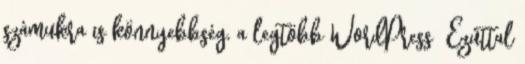
számukra is könnyebbség, a legtöbb WordPress Ezúttal